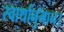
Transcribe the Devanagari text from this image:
स्वार्थानुमान।